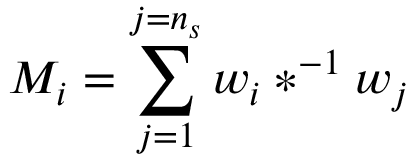
M _ { i } = \sum _ { j = 1 } ^ { j = n _ { s } } w _ { i } \ast ^ { - 1 } w _ { j }